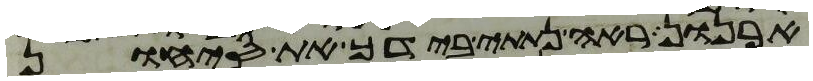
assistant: ארנן ראה נתתי בידך את סיחון